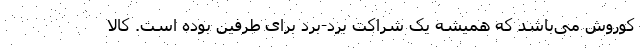
کوروش می­باشد که همیشه یک شراکت برد-برد برای طرفین بوده است. کالا